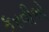
કરવીએ